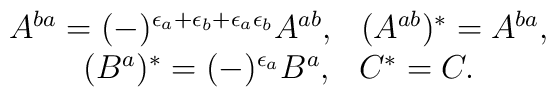
\begin{array}{c}A^{ba}=(-)^{\epsilon_{a}+\epsilon_{b}+\epsilon_{a}\epsilon_{b}}A^{ab},\hspace{3mm}(A^{ab})^{*}=A^{ba},\\(B^{a})^{*}=(-)^{\epsilon_{a}}B^{a},\hspace{3mm}C^{*}=C.\end{array}